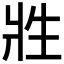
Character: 𰠑